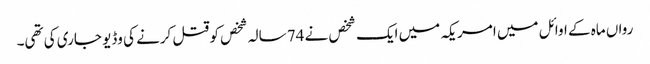
رواں ماہ کے اوائل میں امریکہ میں ایک شخص نے 74 سالہ شخص کو قتل کرنے کی وڈیو جاری کی تھی۔